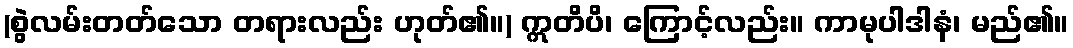
(စွဲလမ်းတတ်သော တရားလည်း ဟုတ်၏။) ဣတိပိ၊ ကြောင့်လည်း။ ကာမုပါဒါနံ၊ မည်၏။